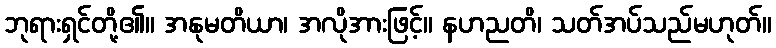
ဘုရားရှင်တို့၏။ အနုမတိယာ၊ အလိုအားဖြင့်။ နဟညတိ၊ သတ်အပ်သည်မဟုတ်။